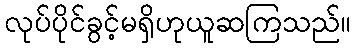
လုပ်ပိုင်ခွင့်မရှိဟုယူဆကြသည်။